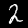
Digit: 2